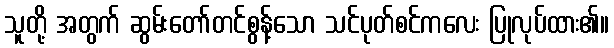
သူတို့ အတွက် ဆွမ်းတော်တင်စွန့်သော သင်ပုတ်စင်ကလေး ပြုလုပ်ထား၏။